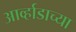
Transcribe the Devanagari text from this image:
आर्व्हाडाच्या